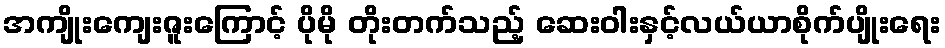
အကျိုးကျေးဇူးကြောင့် ပိုမို တိုးတက်သည့် ဆေးဝါးနှင့်လယ်ယာစိုက်ပျိုးရေး